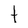
Character: t